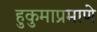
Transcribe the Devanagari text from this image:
हुकुमाप्रमाणे